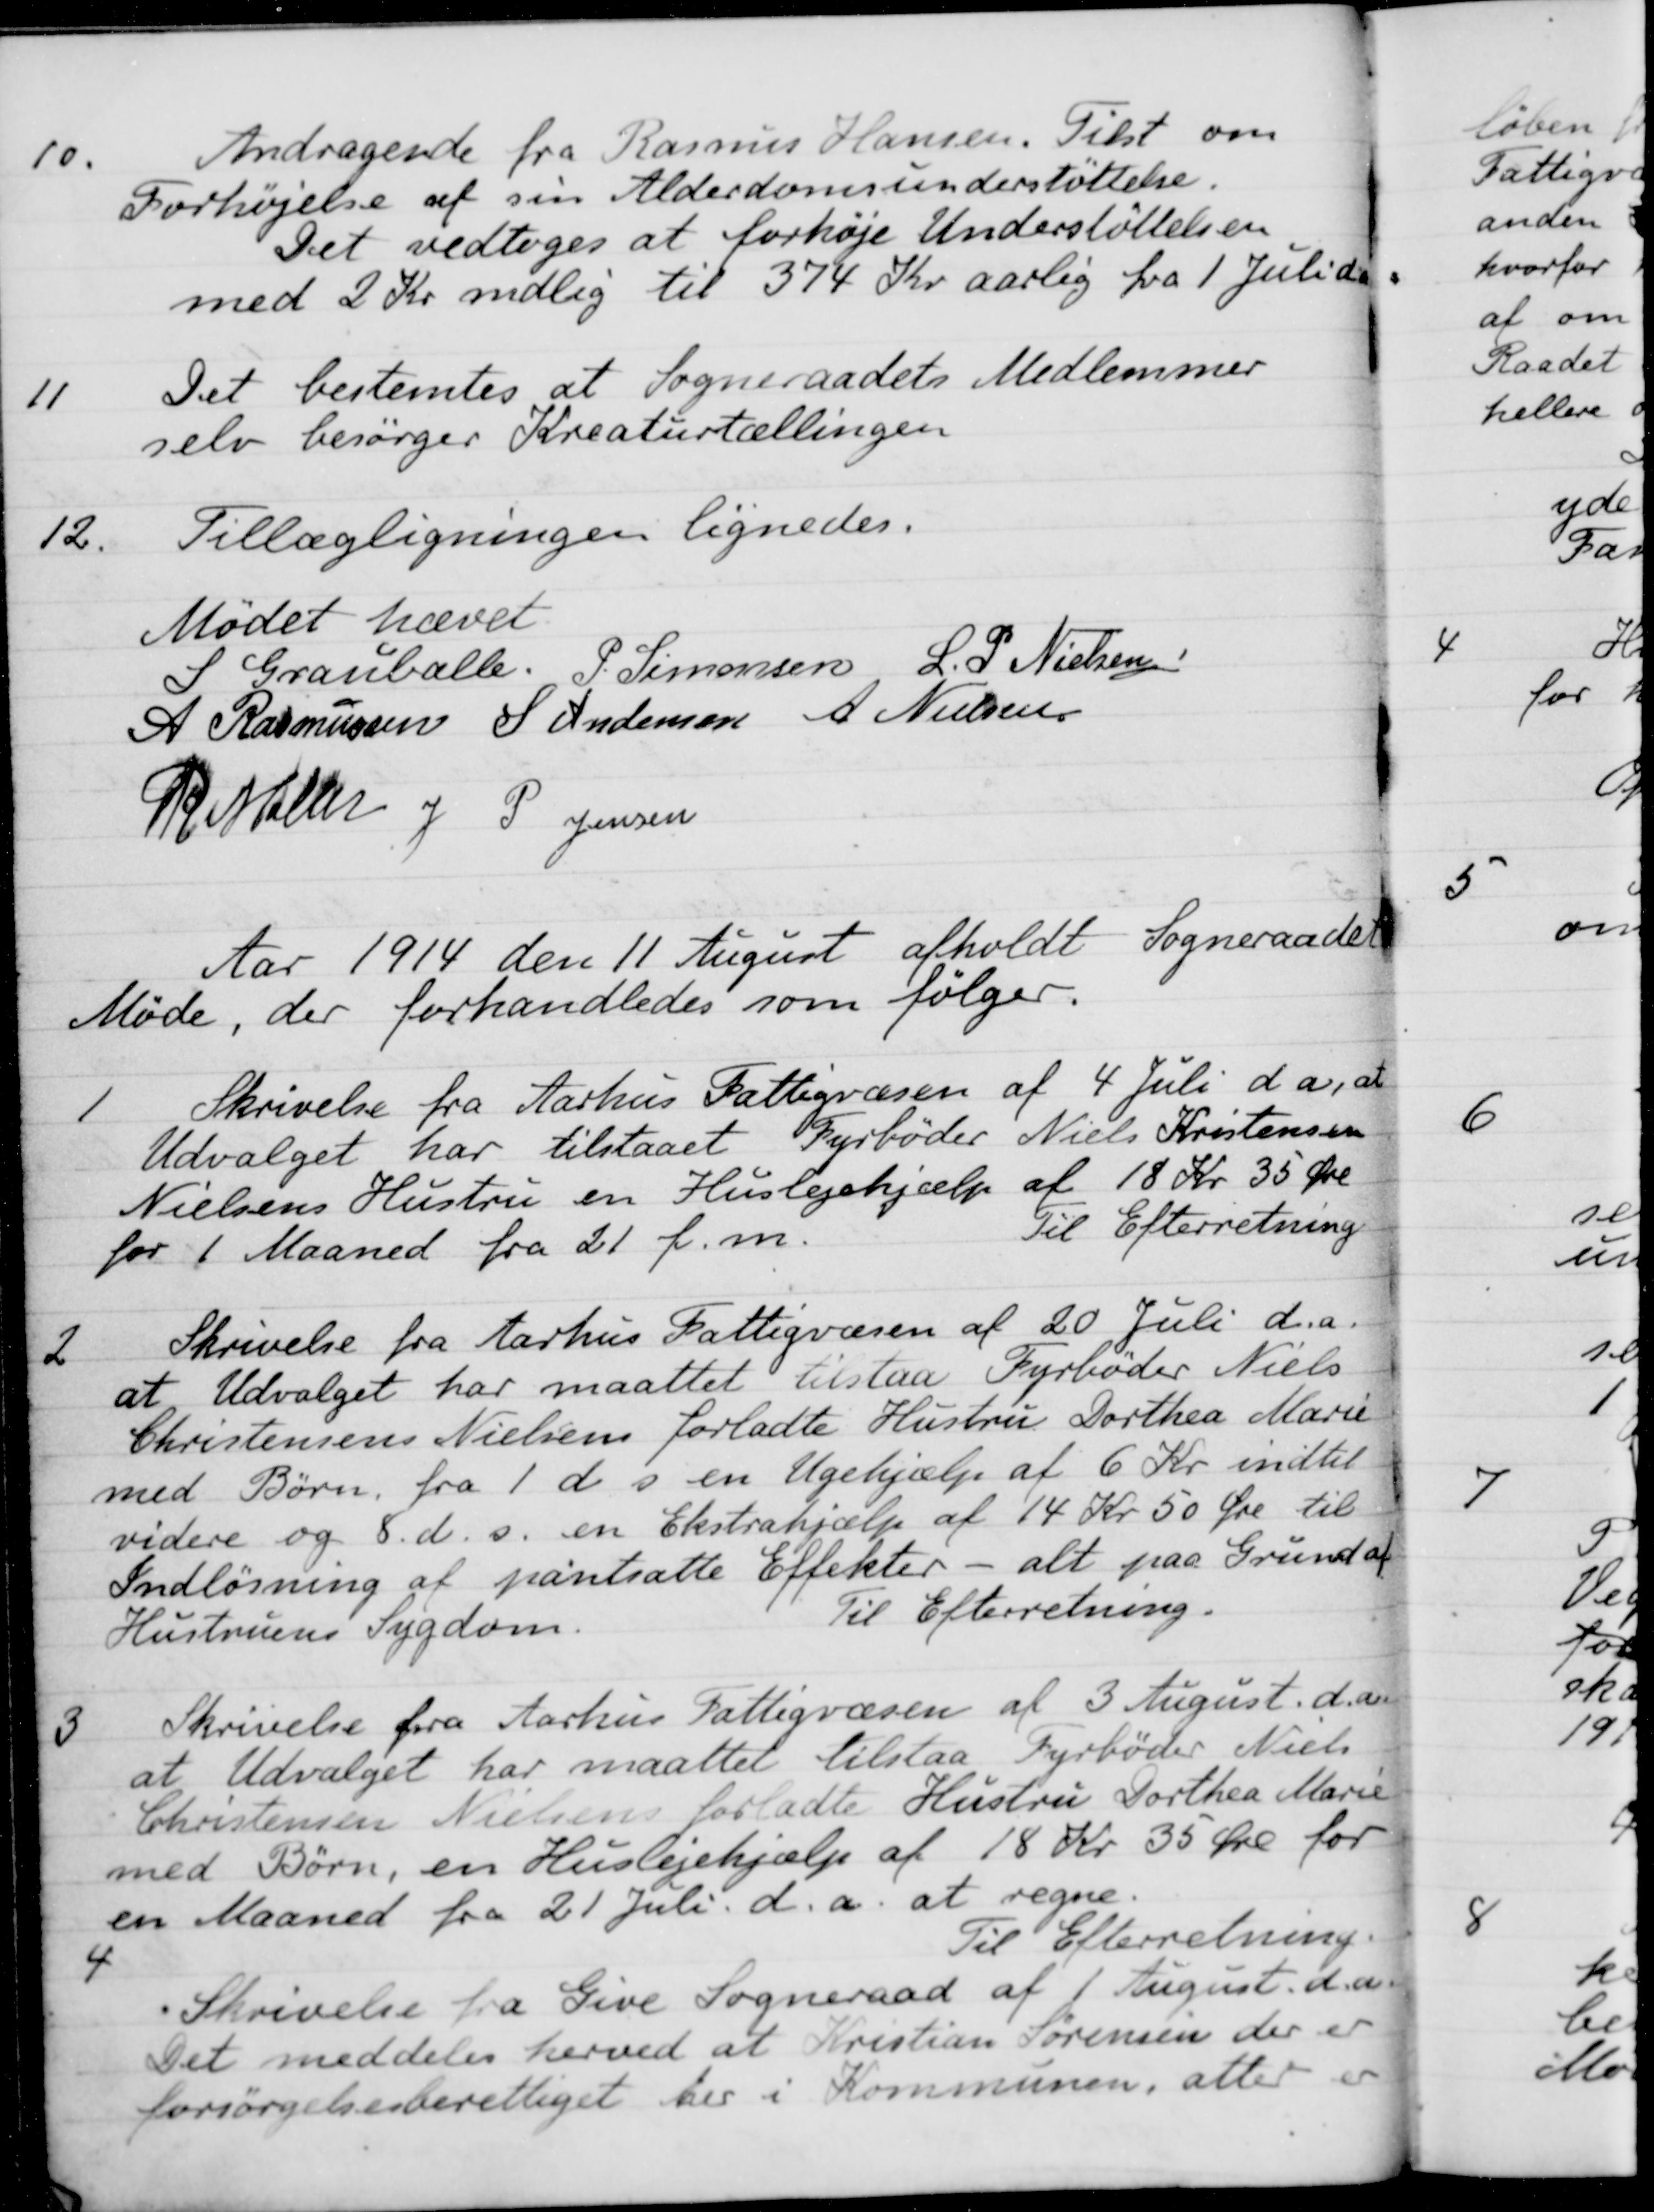
Transskription:
10.
Andragende fra Rasmus Hansen. Tilst om
Forhøjelse af sin Alderdomsunderstøttelse.
Det vedtoges at forhøje Understøttelsen
med 2 Kr nedlig til 374 Kr aarlig fra 1 Juli d a
11
Det bestemtes at Sogneraadets Medlemmer
selv besørger Kreaturtællingen
12.
Tillægligningen lignedes.
Mødet hævet
S Grauballe.
P. Simonsen,
L. P. Nielsen
A Rasmussen
S Andersen
A Nielsen
R. Møller
J P. Jensen
Aar 1914 den 11 August afholdt Sogneraadet
Møde, der forhandledes som følger.
1
Skrivelse fra Aarhus Fattigvæsen af 4 Juli da, at
Udvalget har tilstaaet Fyrbøder Niels Kristensen
Nielsens Hustru en Huslejehjælp af 18 Kr 35 Øre
for 1 Maaned fra 21 f. m.
Til Efterretning
2
Skrivelse fra Aarhus Fattigvæsen af 20 Juli d.a.
at Udvalget har maattet tilstaa Fyrbøder Niels
Christensens Nielsens forladte Hustru Dorthea Marie
med Børn, fra 1 d s en Ugehjælp af 6 Kr. indtil
videre og 8 d. s. en Ekstrahjælp af 14 Kr 50 Øre til
Indløsning af pantsatte Effekter - alt paa Grund af
Hustruens Sygdom.
Til Efterretning.
3
Skrivelse fra Aarhus Fattigvæsen af 3 August. d. A.
at Udvalget har maattet tilstaa Fyrbøder Niels
Christensen Nielsens forladte Hustru Dorthea Marie
med Børn, en Huslejehjælp af 18 Kr. 35 Øre for
en Maaned fra 21 Juli d.a. at regne.
Til Efterretning.
4
Skrivelse fra Give Sogneraad af 1 August d. A.
Det meddeles herved at Kristian Sørensen der er
forsørgelsesberettiget her i Kommunen, atter er